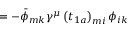
\qquad \qquad \qquad \qquad \qquad \qquad \qquad \qquad \qquad = - \bar { \phi } _ { m k } \gamma ^ { \mu } \left( t _ { 1 a } \right) _ { m i } \phi _ { i k }